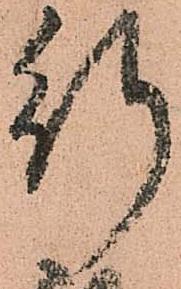
行